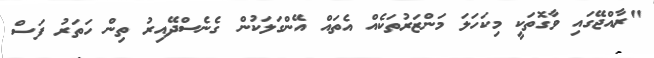
"ރާއްޖޭގައި ވާގޮތަކީ މިކަހަލަ މަންޒަރުތަކެއް އެތައް އޭންގަލަކުން ގެނެސްދޭއިރު ތިން ހަތަރު ފަސް